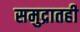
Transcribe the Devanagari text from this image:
समुद्रातही